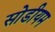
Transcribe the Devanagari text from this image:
सोडीयम